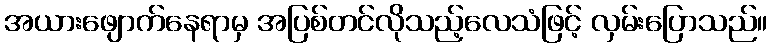
အယားဖျောက်နေရာမှ အပြစ်တင်လိုသည့်လေသံဖြင့် လှမ်းပြောသည်။